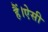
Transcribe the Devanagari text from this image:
हैं।ऐसी